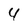
Character: 4